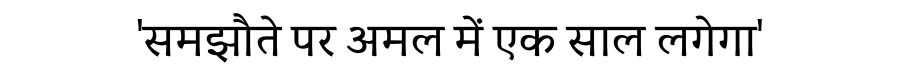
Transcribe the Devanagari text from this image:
'समझौते पर अमल में एक साल लगेगा'